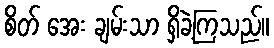
စိတ် အေး ချမ်းသာ ရှိခဲ့ကြသည်။